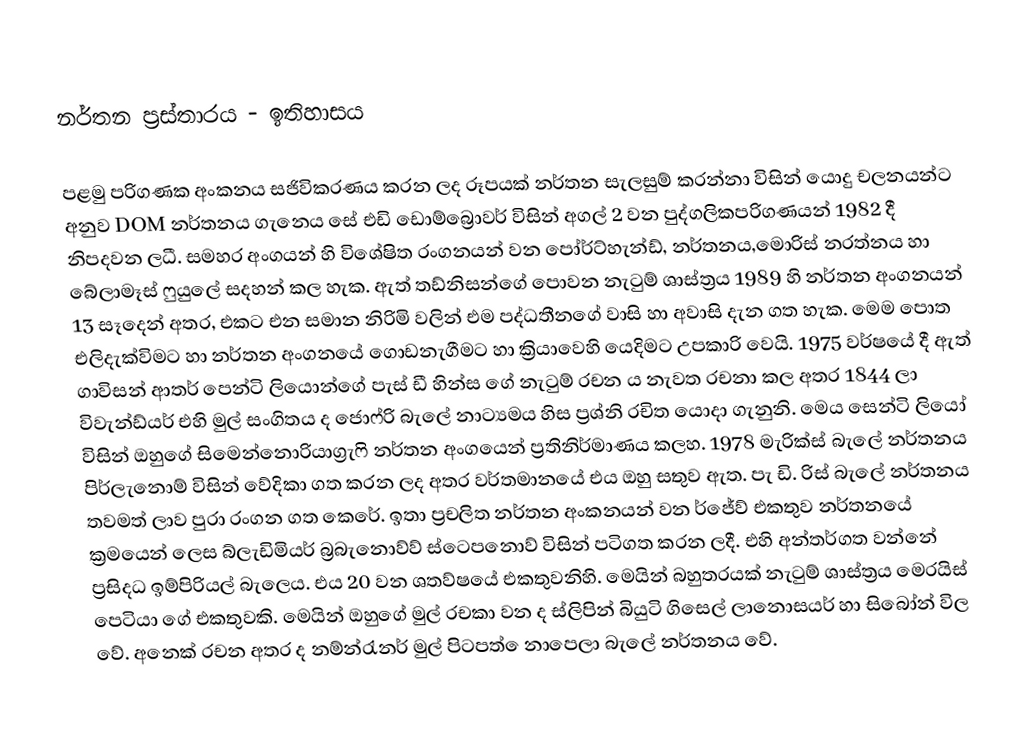
නර්තන ප්‍රස්තාර‍ය - ඉතිහාසය

පළමු පරිගණක අංකනය සජිවිකරණය කරන ලද රූපයක් නර්තන සැලසුම් කරන්නා විසින් යොදු චලනයන්ට අනුව DOM නර්තනය ගැනෙය සේ එඩි ඩොම්බ්‍රොවර් විසින් අගල් 2 වන පුද්ගලිකපරිගණයන් 1982 දී නිපදවන ලධී. සමහර අංගයන් හි විශේෂිත රංගනයන් වන පෝර්ට්හැන්ඩ්, නර්තනය,මොරිස් නරත්නය හා බේලාමෑස් ෆුයුලේ සදහන් කල හැක. ඇත් තඩ්නිසන්ගේ පොවන නැටුම් ශාස්ත්‍රය  1989 හි නර්තන අංගනයන් 13 සෑදෙන් අතර, එකට එන සමාන නිරිමි වලින් එම පද්ධතීනගේ වාසි හා අවාසි දැන ගත හැක. මෙම පොත එලිදැක්විමට හා නර්තන අංගනයේ ගොඩනැගීමට හා ක්‍රියාවෙහි යෙදිමට උපකාරි වෙයි. 1975 වර්ෂයේ දී ඇත් ගාවිසන් ආතර් පෙන්ටි ලියොන්ගේ පැස් ඩී හින්ස ගේ නැටුම් රචන ය නැවත රචනා කල අතර 1844 ලා විවැන්ඩ්යර් එහි මුල් සංගිතය ද ජොෆ්රි බැලේ නාට්‍යමය හිස ප්‍රශ්නි රචිත ‍යොදා ගැනුනි. මෙය සෙන්ටි ලියෝ විසින් ඔහුගේ සිමෙන්නොරියාග්‍රැෆි නර්තන අංගයෙන් ප්‍රතිනිර්මාණය කලහ. 1978 මැරික්ස් බැලේ නර්තනය පිර්ලැනොම් විසින් වේදිකා ගත කරන ලද අතර වර්තමානයේ එය ඔහු සතුව ඇත. පැ ඩි. රිස් බැලේ නර්තනය තවමත් ලාව පුරා රංගන ගත කෙරේ. ඉතා ප්‍රචලිත නර්තන අංකනයන් වන ර්ජේව් එකතුව නර්තනයේ ක්‍රමයෙන් ලෙස බ්ලැඩිමියර් බ්‍රබැනොව්ව් ස්ටෙපනොව් විසින් පටිගත කරන ලදී. එහි අන්තර්ගත වන්නේ ප්‍රසිදධ ඉම්පිරියල් බැලෙය. එය 20 වන ශතව්ෂයේ එකතුවනිහි. මෙයින් බහුතරයක් නැටුම් ශාස්ත්‍රය මෙරයිස් පෙටියා ගේ එකතුවකි. මෙයින් ඔහුගේ මුල් රචකා වන ද ස්ලිපින් බියුටි ගිසෙල් ලානොසයර් හා සිබෝන් විල වේ. අනෙක් රචන අතර ද නම්න්‍රැනර් මුල් පිටපත් ‍ෙනාපෙලා බැලේ නර්තනය වේ.